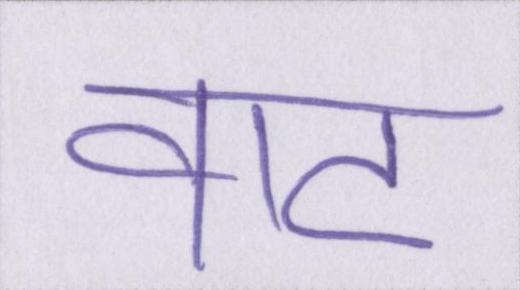
वाट